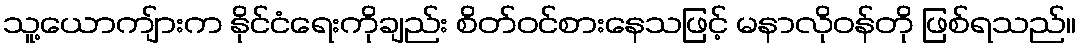
သူ့ယောကျ်ားက နိုင်ငံရေးကိုချည်း စိတ်ဝင်စားနေသဖြင့် မနာလိုဝန်တို ဖြစ်ရသည်။